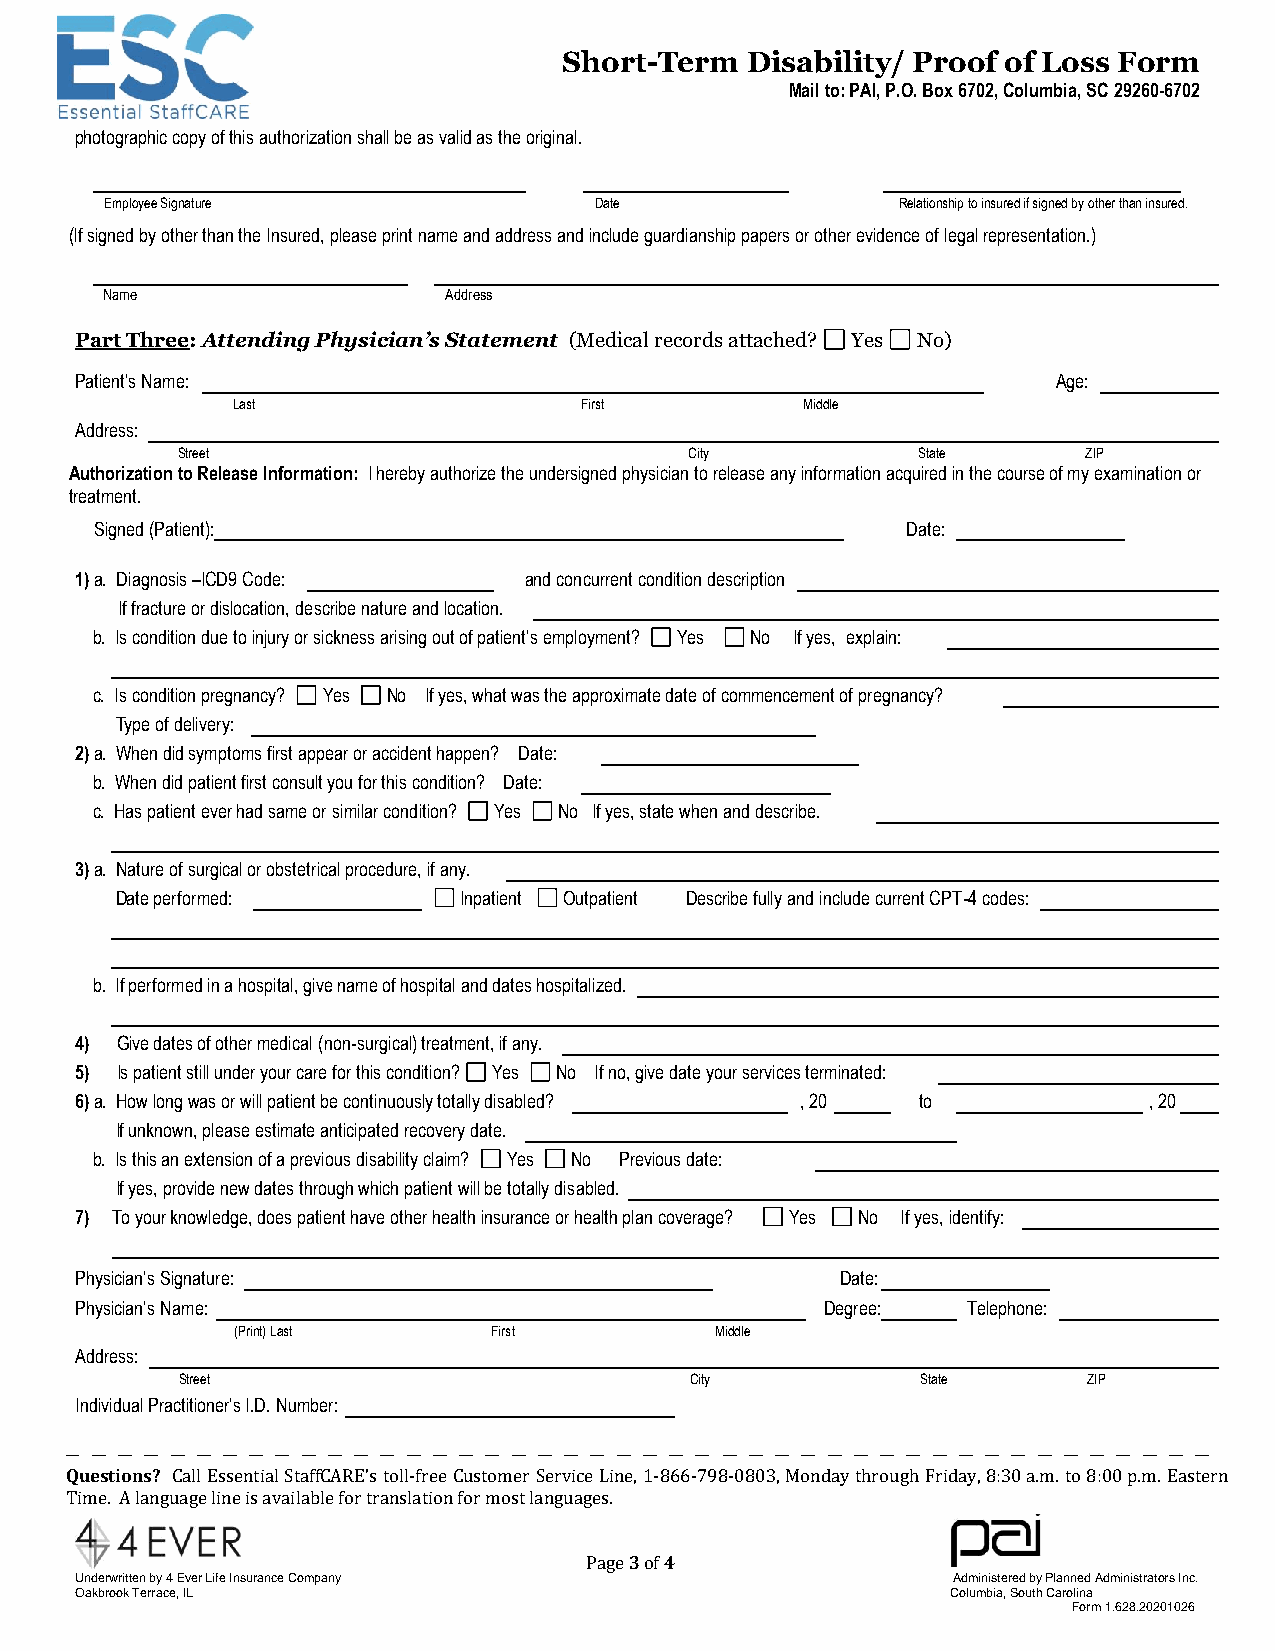
Short-Term  Disability/ Proof of Loss Form
 Mail to: PAI, P.O. Box 6702, Columbia, SC 29260-6702
 photographic copy of this authorization shall be as valid as the original.
 Employee Signature              Date                Relationship to insured if signed by other than insured.
 (If signed by other than the Insured, please print name and address and include guardianship papers or other evidence of legal representation.)
 Name                  Address
 Part Three: Attending Physician’s Statement (Medical records attached? Yes No)
 Patient’s Name:                                                  Age:
 Last                   First          Middle
 Address:
 Street                            City           State      ZIP
 Authorization to Release Information: I hereby authorize the undersigned physician to release any information acquired in the course of my examination or
 treatment.
 Signed (Patient):                                     Date:
 1) a. Diagnosis –ICD9 Code:   and concurrent condition description
 If fracture or dislocation, describe nature and location.
 b. Is condition due to injury or sickness arising out of patient’s employment? Yes No If yes, explain:
 c. Is condition pregnancy? Yes No If yes, what was the approximate date of commencement of pregnancy?
 Type of delivery:
 2) a. When did symptoms first appear or accident happen? Date:
 b. When did patient first consult you for this condition? Date:
 c. Has patient ever had same or similar condition? Yes No If yes, state when and describe.
 3) a. Nature of surgical or obstetrical procedure, if any.
 Date performed:       Inpatient Outpatient Describe fully and include current CPT-4 codes:
 b. If performed in a hospital, give name of hospital and dates hospitalized.
 4) Give dates of other medical (non-surgical) treatment, if any.
 5) Is patient still under your care for this condition? Yes No If no, give date your services terminated:
 6) a. How long was or will patient be continuously totally disabled? , 20 to , 20
 If unknown, please estimate anticipated recovery date.
 b. Is this an extension of a previous disability claim? Yes No Previous date:
 If yes, provide new dates through which patient will be totally disabled.
 7) To your knowledge, does patient have other health insurance or health plan coverage? Yes No If yes, identify:
 Physician’s Signature:                             Date:
 Physician’s Name:                                 Degree:  Telephone:
 (Print) Last      First         Middle
 Address:
 Street                            City           State      ZIP
 Individual Practitioner’s I.D. Number:
 __ __ __ __ __ __ __ __ __ __ __ __ __ __ __ __ __ __ __ __ __ __ __ __ __ __ __ __ __ __ __ __ __ __ __ __ __ __ __ __ __ __ __ __
 Questions? Call Essential StaffCARE’s toll-free Customer Service Line, 1-866-798-0803, Monday through Friday, 8:30 a.m. to 8:00 p.m. Eastern
 Time. A language line is available for translation for most languages.
 Page 3 of 4
 Underwritten by 4 Ever Life Insurance Company             Administered by Planned Administrators Inc.
 Oakbrook Terrace, IL                                      Columbia, South Carolina
 Form 1.628.20201026